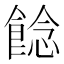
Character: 䭃